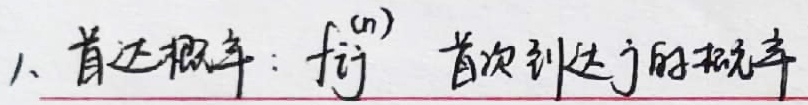
1. 首达概率：$f_{ij}^{(n)}$为首次到达 $j$ 的概率